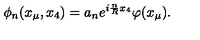
\phi _ { n } ( x _ { \mu } , x _ { 4 } ) = a _ { n } e ^ { i \frac { n } { R } x _ { 4 } } \varphi ( x _ { \mu } ) .